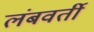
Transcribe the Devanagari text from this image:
लंबवर्ती